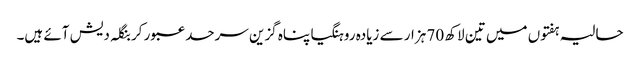
حالیہ ہفتوں میں تین لاکھ 70 ہزار سے زیادہ روہنگیا پناہ گزین سرحد عبور کر بنگلہ دیش آئے ہیں۔